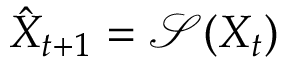
\hat { X } _ { t + 1 } = \mathcal { S } ( X _ { t } )